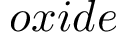
o x i d e